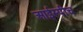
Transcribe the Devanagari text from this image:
आईस्पीच